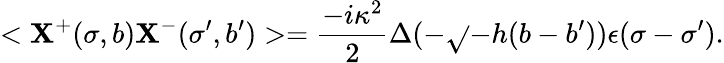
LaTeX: <\mathbf{X}^{+}(\sigma,b)\mathbf{X}^{-}(\sigma^{\prime},b^{\prime})>=\frac{{-i\kappa^{2}}}{{2}}\Delta(-\sqrt{}{{-h}}(b-b^{\prime}))\epsilon(\sigma-\sigma^{\prime}).